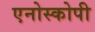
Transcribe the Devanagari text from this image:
एनोस्कोपी